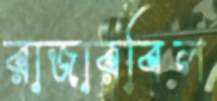
রাজারবিল